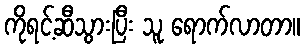
ကိုရင့်ဆီသွားပြီး သူ ရောက်လာတာ။